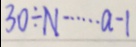
3 0 \div N \cdots a - 1